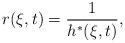
LaTeX: \begin{align*}r(\xi,t)=\frac{1}{h^*(\xi,t)},\end{align*}